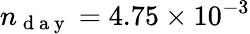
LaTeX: n_{\mathrm{~d~a~y~}}=4.75\times 10^{-3}